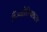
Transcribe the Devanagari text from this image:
हैंज्योतिषशास्त्र